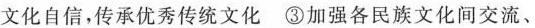
文化自信，传承优秀传统文化 ③加强各民族文化间交流、